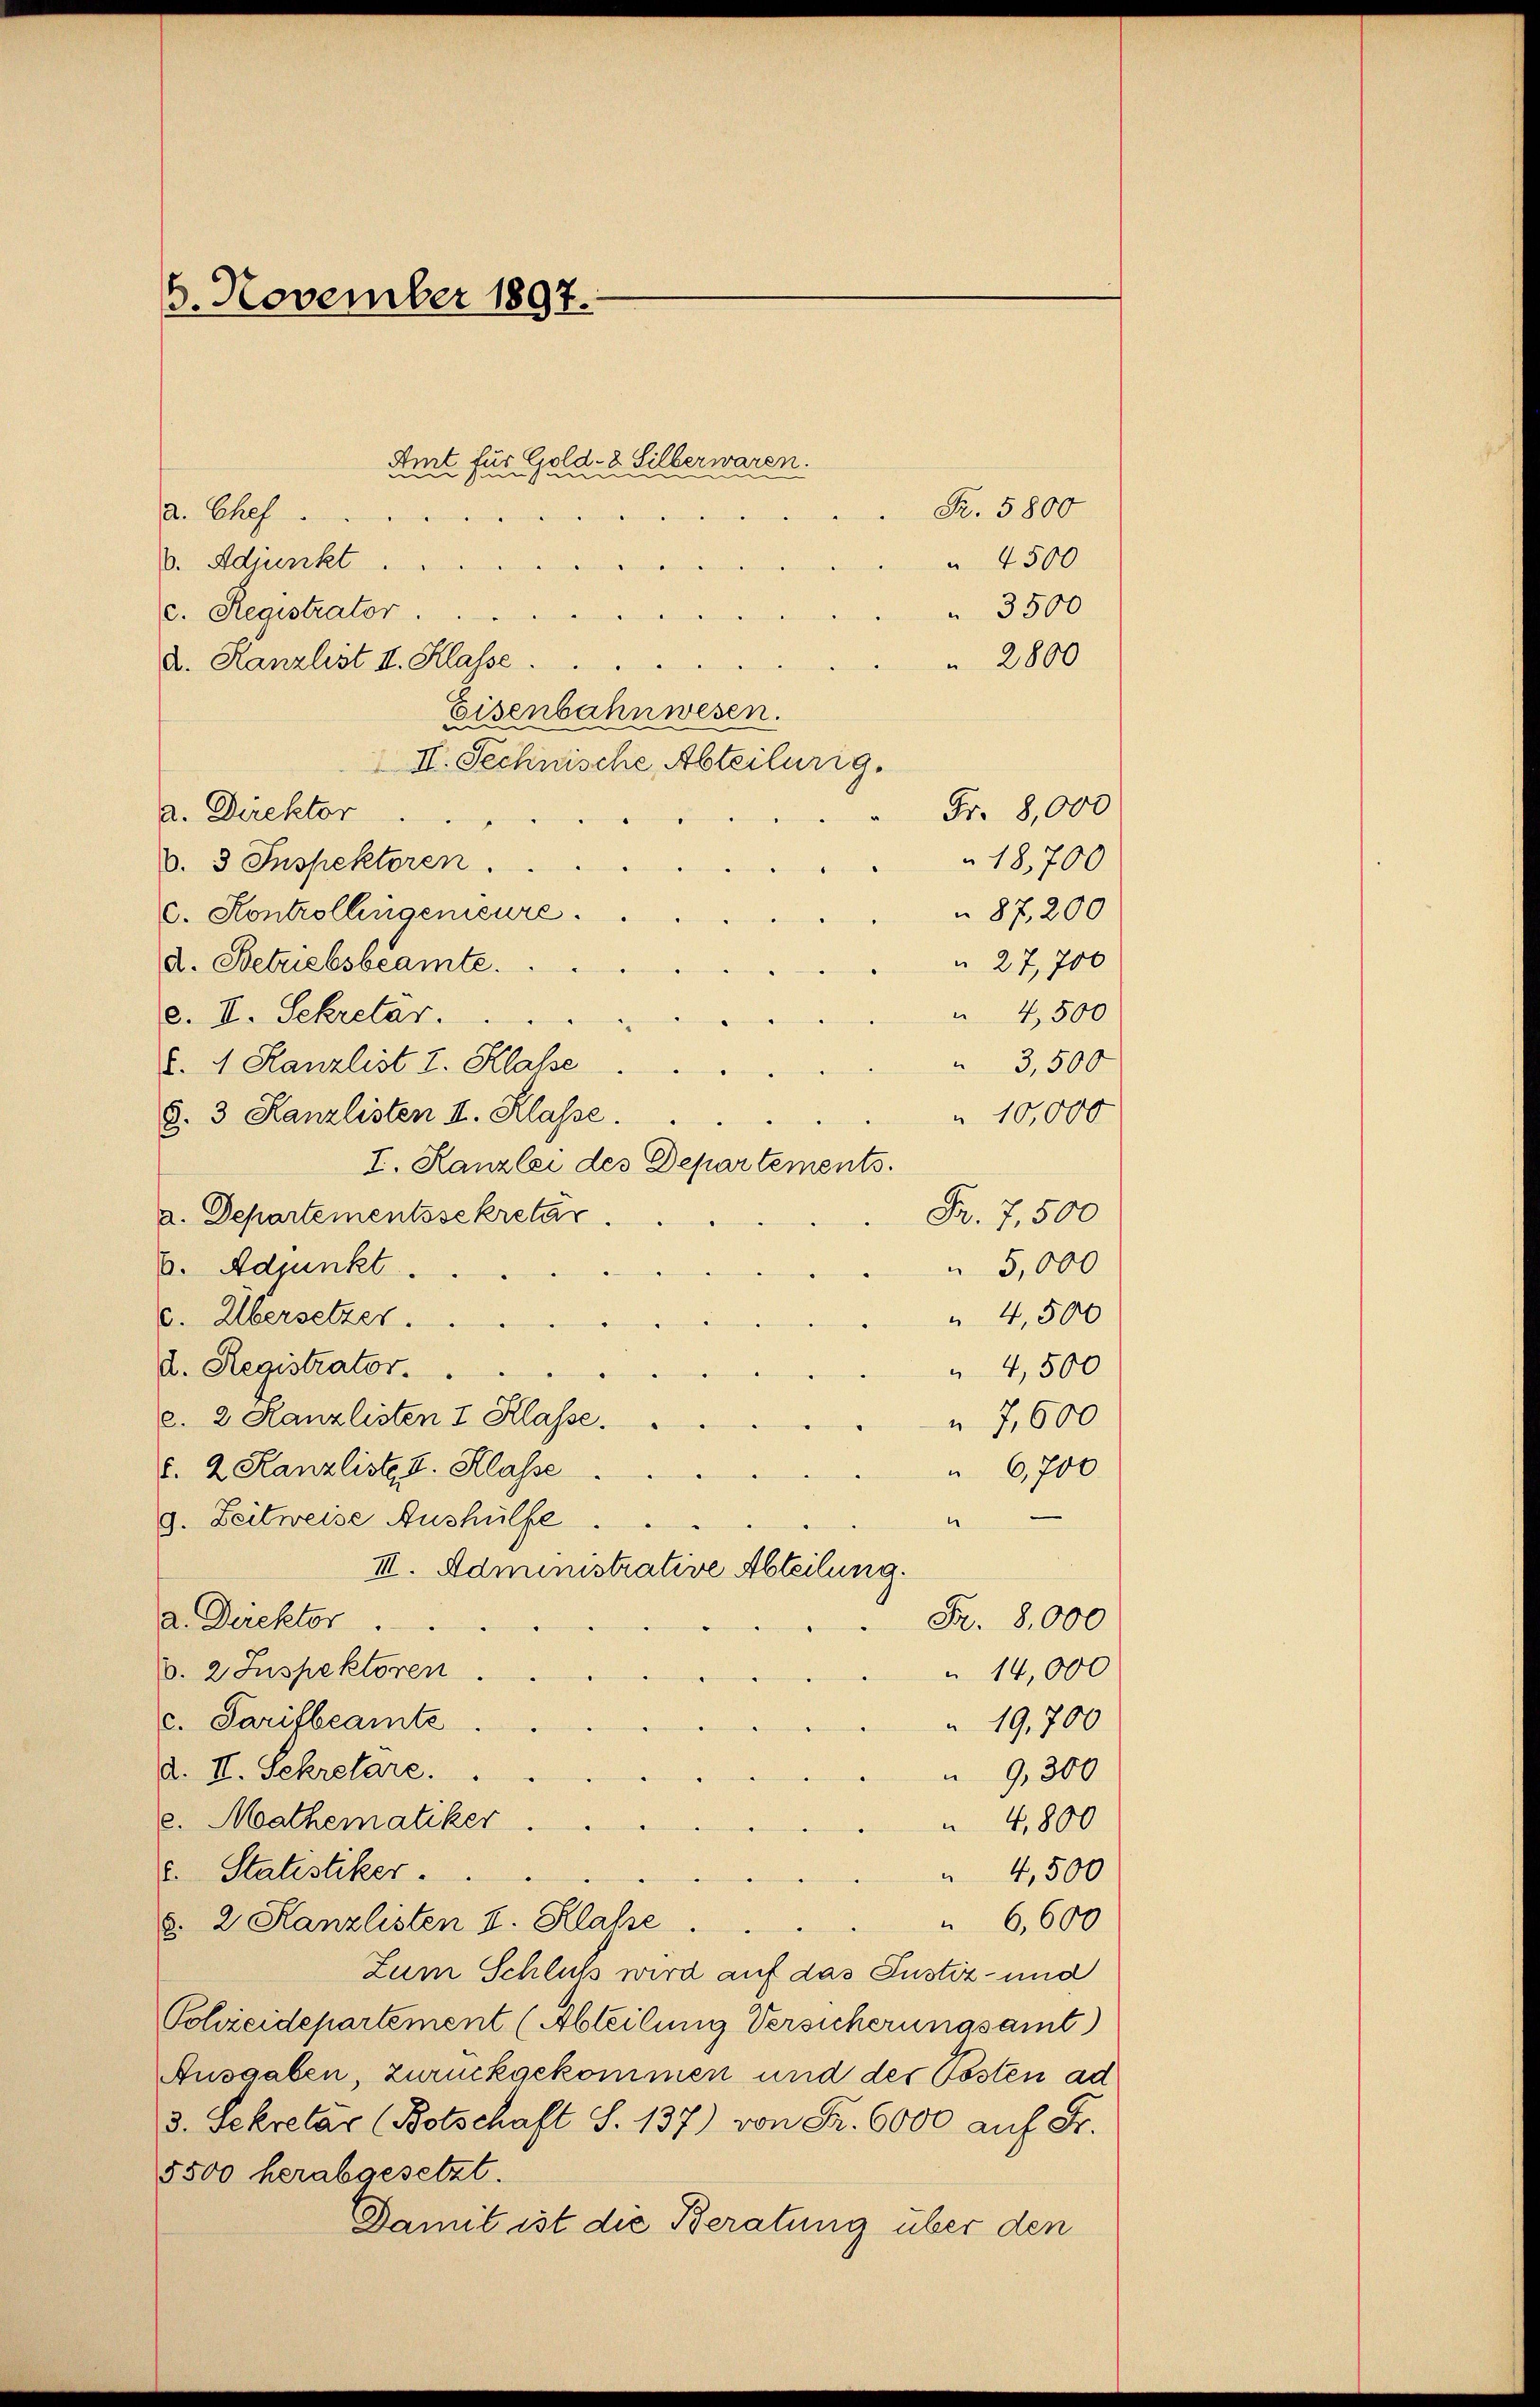
6. November 1897.

Amt für Gold- & Silber waren.
d. Chef
V. Adjunkt
c. Registrator.
d. Kanzlist II. Klasse.
Eisenbahnwesen.
II. Technische, Abteilung.
a. Direktor
b. 3 Inspektoren.
c. Kontrollingenieure.
 27, 700
d. Betriebsbeamte.
 4,500
2. II. Sekretär.
3,500
§. 4. Kanzlist I. Klasse
10,000
§. 3 Kanzlisten I. Klasse.
I. Kanzlei des Departements.
Fr. 7,500
a. Departementssekretär
E. Adjunkt.
5,000
 4,500
v. Übersetzer.
d. Registrator. ..
4,500
c. 2 Kanzlisten I Klasse.
 7,600
6,700
d. 2 Kanzliste I. Klasse
g. Zeitweise Aushülfe
1
III. Administrative Abteilung.
a. Direktor
Fr. 8000
b. 2. Inspektoren.
14,000
c. Tarifbeamte
19,700
d. II. Sekretare.
9,300
e. Mathematiker
4,800
c. Statistiker.
4,500
6,600
. 2 Kanzlisten I. Klasse
Zum Schluß wird auf das Justiz- und
Solieidepartement (Abteilung Versicherungsamt)
Ausgaben, zurückgekommen und der Posten ad
3. Sekretär (Botschaft S. 137) von Fr. 6000 auf Fr.
5500 herabgesetzt.
Damit ist die Beratung über den

3500
 2800

Fr. 5800
 4500

Fr. 8,000
18,700
87,200